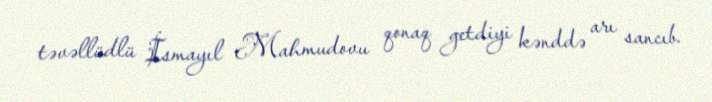
təvəllüdlü İsmayıl Mahmudovu qonaq getdiyi kənddə arı sancıb.